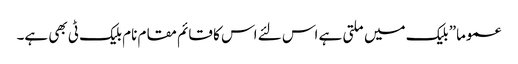
عموما” بلیک میں ملتی ہے اس لئے اس کا قائم مقام نام بلیک ٹی بھی ہے۔